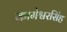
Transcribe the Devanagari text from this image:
कामेश्वरसिंह